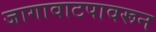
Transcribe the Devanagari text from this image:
जागावाटपावरून